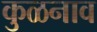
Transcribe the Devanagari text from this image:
कुळनाव